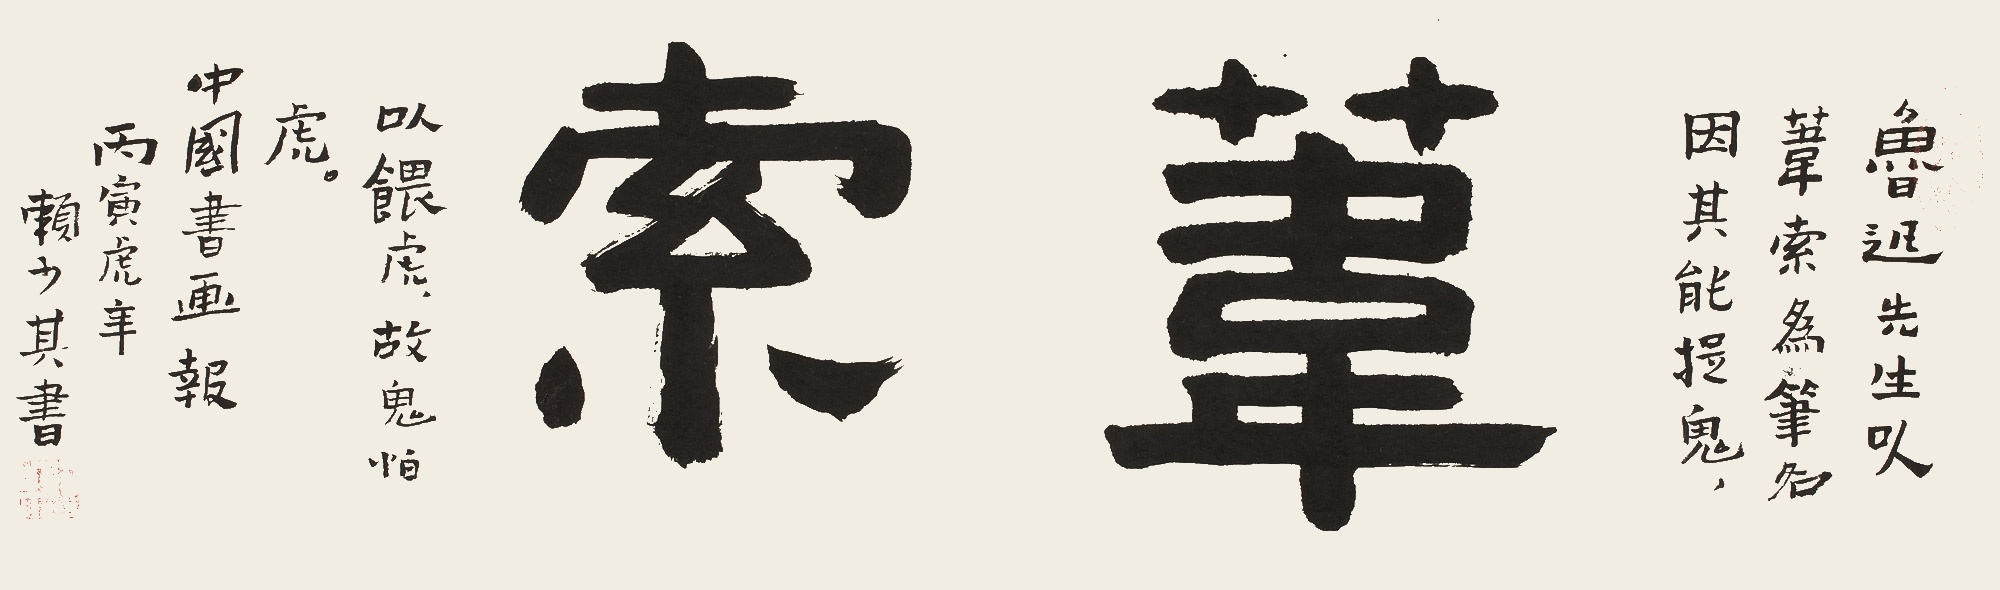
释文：鲁迅先生以苇索为笔名，因其能捉鬼以喂虎，故鬼怕虎。中国书画报丙寅虎年，赖少其书。